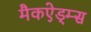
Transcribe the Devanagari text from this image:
मैकऐड्म्स